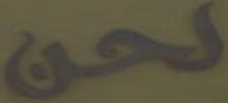
لحن